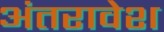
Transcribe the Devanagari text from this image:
अंतरावेश